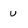
Character: v